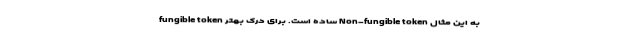
fungible token ساده است. برای درک بهتر Non-fungible token به این مثال